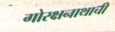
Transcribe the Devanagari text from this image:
गोरक्षनाथाची